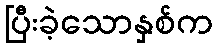
ပြီးခဲ့သောနှစ်က